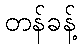
တန်ခန့်